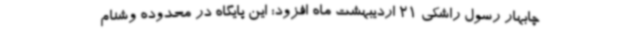
چابهار رسول راشکی 21 اردیبهشت ماه افزود: این پایگاه در محدوده وشنام